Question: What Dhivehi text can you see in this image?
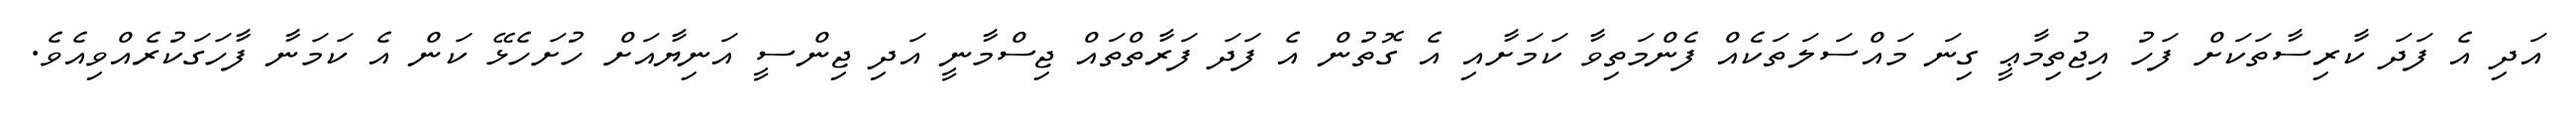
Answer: އަދި އެ ފަދަ ކާރިސާތަކަށް ފަހު އިޖުތިމާޢީ ގިނަ މައްސަލަތަކެއް ފެންމަތިވާ ކަމަށާއި އެ ގޮތުން އެ ފަދަ ފަރާތްތައް ޖިސްމާނީ އަދި ޖިންސީ އަނިޔާއަށް ހުށަހެޅޭ ކަން އެ ކަމަނާ ފާހަގަކުރެއްވިއެވެ.